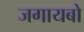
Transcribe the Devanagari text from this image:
जगायबो